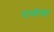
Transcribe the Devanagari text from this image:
पाध्येंच्या